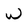
Character: w